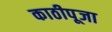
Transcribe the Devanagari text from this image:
काठीपूजा